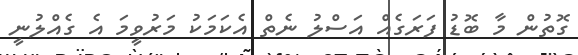
ގޮތުން މާ ބޮޑު ފަރަގެއް އަސްލު ނެތް އެކަމަކު މަރުވީމަ އެ ގެއްލުނީ